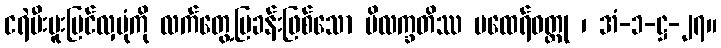
ငရဲမီးပူးပြင်လှပုံကို လက်တွေ့ပြခန်းဖြစ်သော မိလက္ခတိဿ မထေရ်ဝတ္ထု ၊ အံ-၁-ဋ္ဌ-၂၇။